Vaccine operations Central Provinces 1886-1899 - 1886-1899
Year: 1886
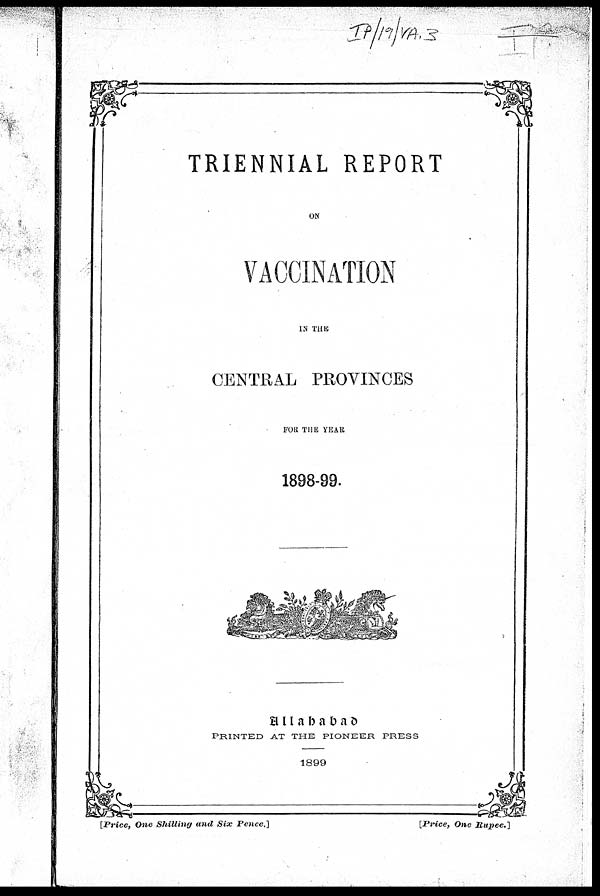
TRIENNIAL REPORT
ON
VACCINATION
IN THE
CENTRAL PROVINCES
FOR THE YEAR
1898-99.
Allahabad
PRINTED AT THE PIONEER PRESS
1899
[Price, One Shilling and Six Pence.]
[Price, One Rupee.]